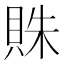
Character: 𧵺